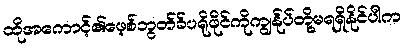
ထိုအကောင့်၏ဖေ့စ်ဘွတ်ခ်ပရိုဖိုင်ကိုကျွန်ုပ်တို့မရရှိနိုင်ပါက